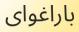
باراغواى